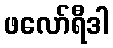
ဖလော်ရီဒါ